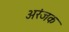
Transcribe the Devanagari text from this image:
अरंजक